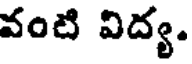
వంటి విద్య.